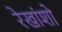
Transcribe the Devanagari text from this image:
रेखांशो